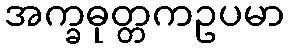
အက္ခဓုတ္တကဥပမာ